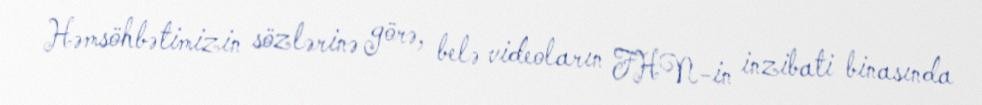
Həmsöhbətimizin sözlərinə görə, belə videoların FHN-in inzibati binasında